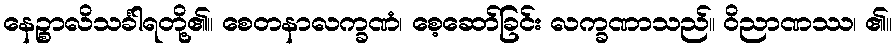
နေဉ္စာလိသင်္ခါရတို့၏။ စေတနာလက္ခဏံ၊ စေ့ဆော်ခြင်း လက္ခဏာသည်။ ဝိညာဏဿ၊ ၏။